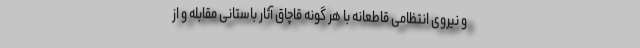
و نیروی انتظامی قاطعانه با هر گونه قاچاق آثار باستانی مقابله و از